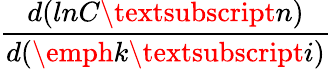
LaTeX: \frac{d(lnC\textsubscript{n})}{d(\emph{k}\textsubscript{i})}